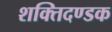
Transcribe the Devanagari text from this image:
शक्तिदण्डक